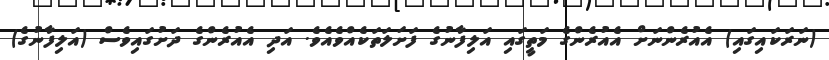
(ނަރަކައިގައި) އެއުރެންނަށް އެއުރެންގެ މަތީގައި އަލިފާނުގެ ފަށަލަތަކެއްވެއެވެ. އަދި އެއުރެންގެ ދަށުގައިވެސް (އަލިފާނުގެ)